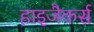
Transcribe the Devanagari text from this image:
हाइजैकर्स